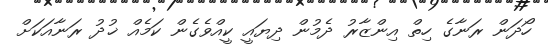
ހޯދަން ރަނާގެ ހިތް އިންޒާރު ދެމުން ދިޔައީ ކީއްވެގެން ކަމެއް ޚުދު ރަނާއަކަށް